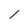
Character: 1